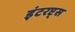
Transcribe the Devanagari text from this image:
इंटरप्ट्स